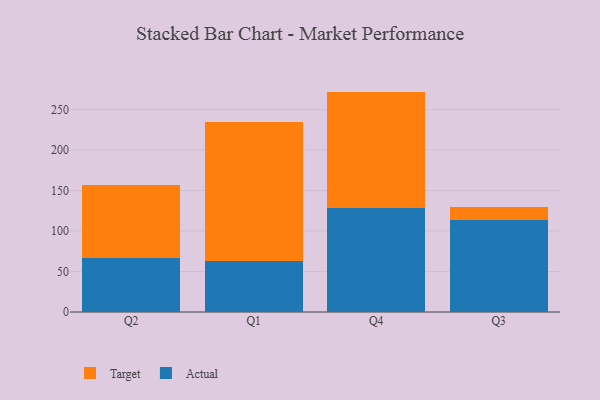
{"axis": {"x": "Quarter", "y": "Active Users"}, "legend": ["Actual", "Target"], "data": [{"x": "Q2", "y": 66.7, "type": "Actual"}, {"x": "Q2", "y": 90.6, "type": "Target"}, {"x": "Q1", "y": 63.6, "type": "Actual"}, {"x": "Q1", "y": 170.8, "type": "Target"}, {"x": "Q4", "y": 128.0, "type": "Actual"}, {"x": "Q4", "y": 144.2, "type": "Target"}, {"x": "Q3", "y": 114.1, "type": "Actual"}, {"x": "Q3", "y": 15.9, "type": "Target"}]}